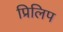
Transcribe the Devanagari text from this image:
प्रिलिप